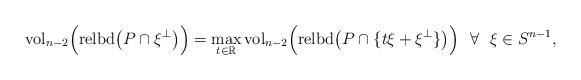
LaTeX: \begin{align*}\mbox{vol}_{n-2} \Big( \mbox{relbd} \big( P\cap\xi^\perp \big) \Big)= \max_{t\in\mathbb{R}} \mbox{vol}_{n-2} \Big( \mbox{relbd} \big( P\cap\lbrace t\xi + \xi^\perp \rbrace \big) \Big) \ \ \forall \ \ \xi\in S^{n-1},\end{align*}